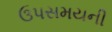
ઉપસમયની